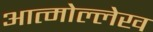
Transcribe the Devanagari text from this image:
आत्मोल्लेख